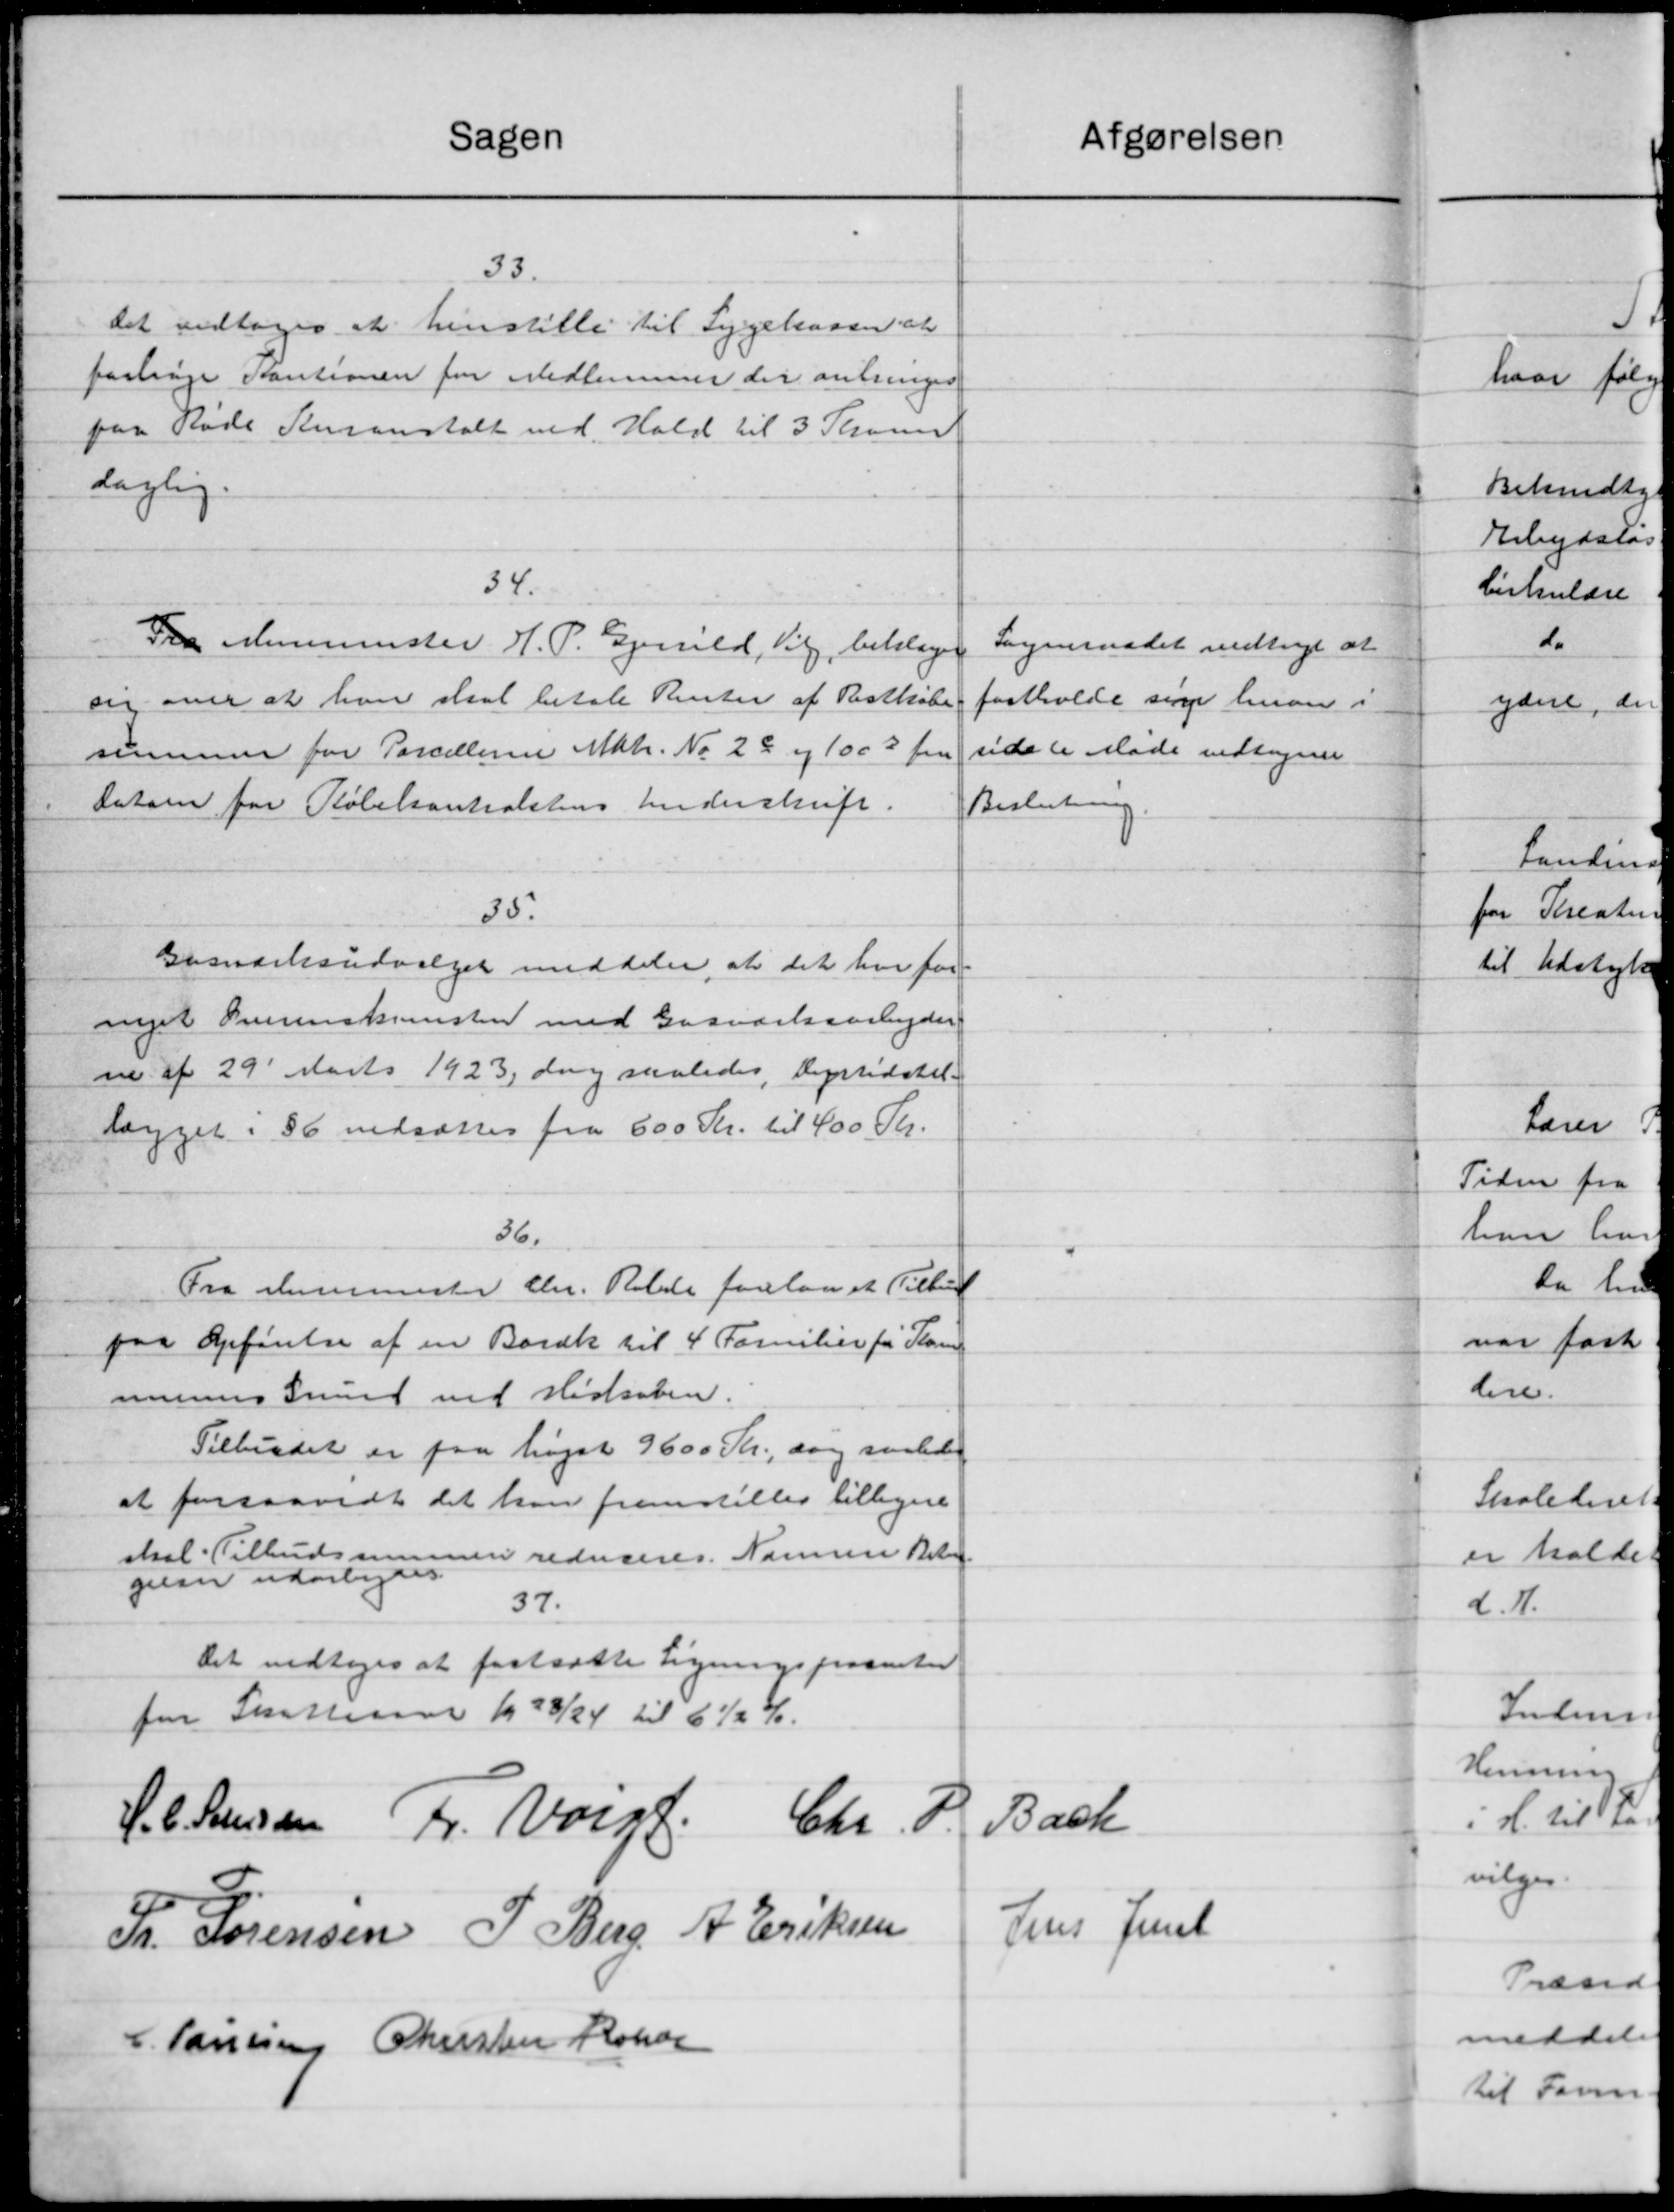
Transskription:
Sagen
33.
Det vedtoges at henstille til Sygekassen at
fastrige Kautionen for Medlemmer der anbringes
paa Røde Kensanstalt ved Hold til 3 Thoms
laglig.
34.
Fra Murermester H. P. Gjerrild, Vil beklage
on over at hvor skal betale Renter af Restkøbe
summen for Parcellere Matr. No. 28 og 1003 fra
Datoen for Købekontrolstens Underskrift.
35.
Gasværksudvalget meddeler at det har for-
nyet Overenskomsten med Gasværksarbejder
m. af 29' Marts 1923, dog saaledes Dyrtidstil-
lægget i 36 nedsættes fra 600 Kr. til 400 Kr.
36.
Fra Hennimester Chr. Rette forelaa et Tilbud
paa Opførelse af en Boræk til 4 Familier for Kom
munens Grund ved Histaben.
Tilbudet er paa højst 9600 Kr., dog saaledes
at forsaavidt det han fremstilles tilligere
skal Tilbudsmunen reduceres. Kammere Betin
gelser udarbejdes
37.
Det vedtoges at fastsætte Ligningsprocenter
for Skatteraar 1928/24 til 6½ %.
H. C. Jensen Fr. Varge
Chr. V.
Fr. Sørensen J. Berg A. Eriksen
C. Poulsen Christen Kokar